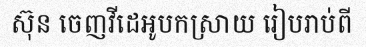
ស៊ុន ចេញវីដេអូបកស្រាយ រៀបរាប់ពី